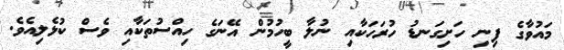
މައުވާގެ ފިނި ހަށިގަނޑު ހުރަހަކާއި ނުލާ ބީހުމުން އޭނަގެ ހިއްސުތަކާއި ވެސް ކުޅެލިއެވެ.